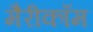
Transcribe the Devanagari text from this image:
मैरीकॉम